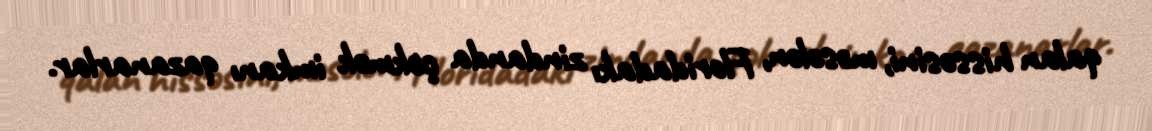
qalan hissəsini, məsələn, Floridadakı zindanda çəkmək imkanı qazanarlar.